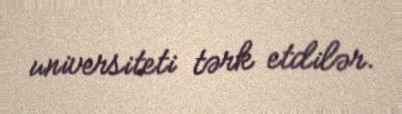
universiteti tərk etdilər.